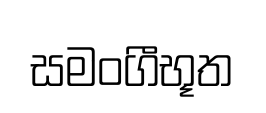
සමංගීභූත